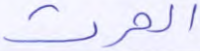
الحرث